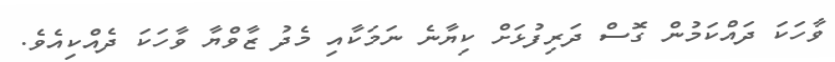
ވާހަކަ ދައްކަމުން ގޮސް ދަރިފުޅަށް ކިޔާނެ ނަމަކާއި މެދު ޒާވްޔާ ވާހަކަ ދެއްކިއެވެ.